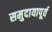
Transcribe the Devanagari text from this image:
समुदायापूर्व